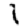
Digit: 1